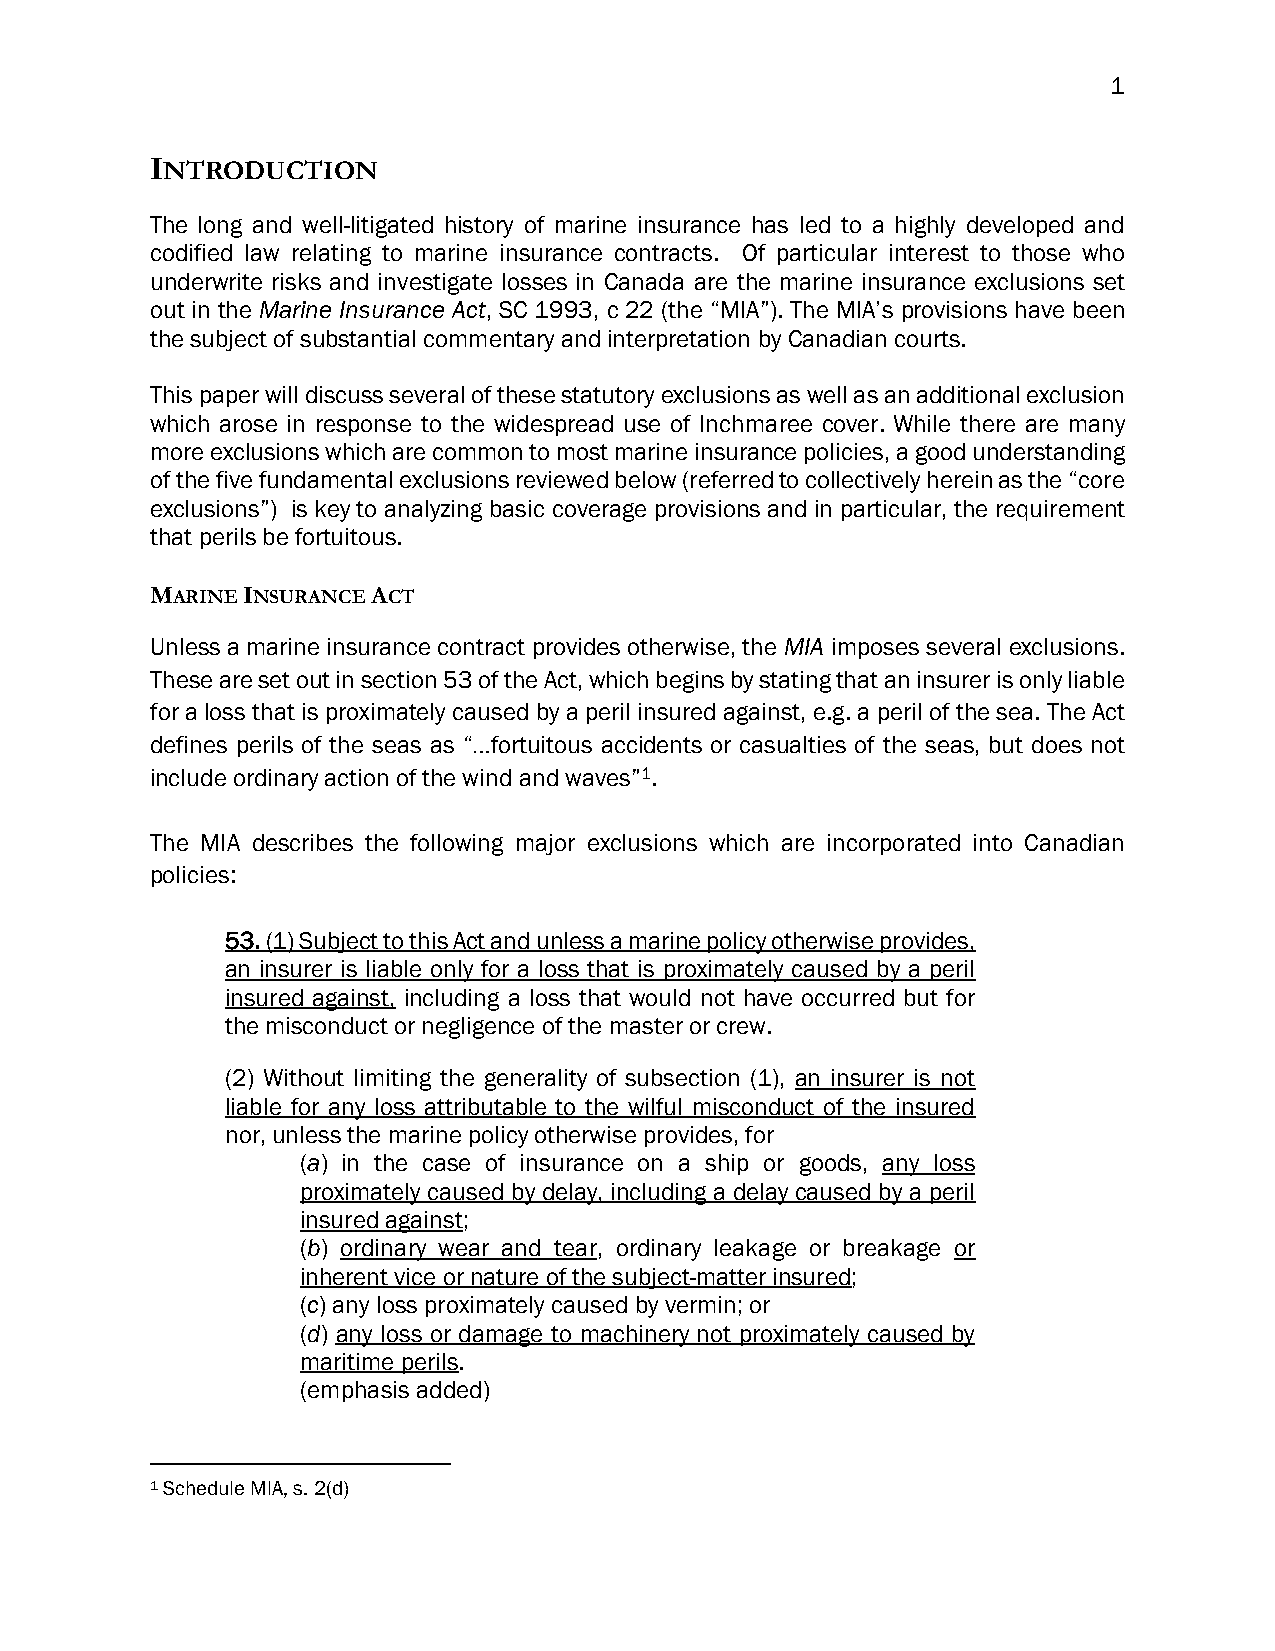
1
 INTRODUCTION
 The long and well-litigated history of marine insurance has led to a highly developed and
 codified law relating to marine insurance contracts. Of particular interest to those who
 underwrite risks and investigate losses in Canada are the marine insurance exclusions set
 out in the Marine Insurance Act, SC 1993, c 22 (the “MIA”). The MIA’s provisions have been
 the subject of substantial commentary and interpretation by Canadian courts.
 This paper will discuss several of these statutory exclusions as well as an additional exclusion
 which arose in response to the widespread use of Inchmaree cover. While there are many
 more exclusions which are common to most marine insurance policies, a good understanding
 of the five fundamental exclusions reviewed below (referred to collectively herein as the “core
 exclusions”) is key to analyzing basic coverage provisions and in particular, the requirement
 that perils be fortuitous.
 MARINE INSURANCE ACT
 Unless a marine insurance contract provides otherwise, the MIA imposes several exclusions.
 These are set out in section 53 of the Act, which begins by stating that an insurer is only liable
 for a loss that is proximately caused by a peril insured against, e.g. a peril of the sea. The Act
 defines perils of the seas as “…fortuitous accidents or casualties of the seas, but does not
 include ordinary action of the wind and waves”1.
 The MIA describes the following major exclusions which are incorporated into Canadian
 policies:
 53. (1) Subject to this Act and unless a marine policy otherwise provides,
 an insurer is liable only for a loss that is proximately caused by a peril
 insured against, including a loss that would not have occurred but for
 the misconduct or negligence of the master or crew.
 (2) Without limiting the generality of subsection (1), an insurer is not
 liable for any loss attributable to the wilful misconduct of the insured
 nor, unless the marine policy otherwise provides, for
 (a) in the case of insurance on a ship or goods, any loss
 proximately caused by delay, including a delay caused by a peril
 insured against;
 (b) ordinary wear and tear, ordinary leakage or breakage or
 inherent vice or nature of the subject-matter insured;
 (c) any loss proximately caused by vermin; or
 (d) any loss or damage to machinery not proximately caused by
 maritime perils.
 (emphasis added)
 1 Schedule MIA, s. 2(d)